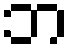
ဘ